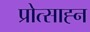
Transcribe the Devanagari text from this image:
प्रोत्साह्न